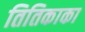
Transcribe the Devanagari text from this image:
तितिकाका